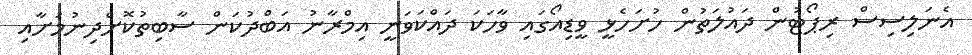
އެނަލިސިސް ރިޕޯޓުން ދައުލަތުން ހުށަހެޅީ ވީޑިއޯގައި ވާހަކަ ދައްކަވަނީ އިމްރާނު އަބްދުކަން ސާބިތުކޮށްދިނުމަށާއި